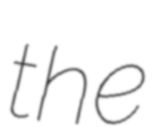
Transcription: the